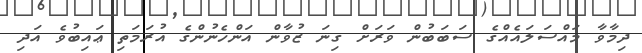
ދިމާވާ މައްސަލައެއްގެ ސަބަބުން ވަރަށް ގިނަ ޒުވާން އަންހެނުންގެ އުރަމަތި ޢައިބުވެ އަދި